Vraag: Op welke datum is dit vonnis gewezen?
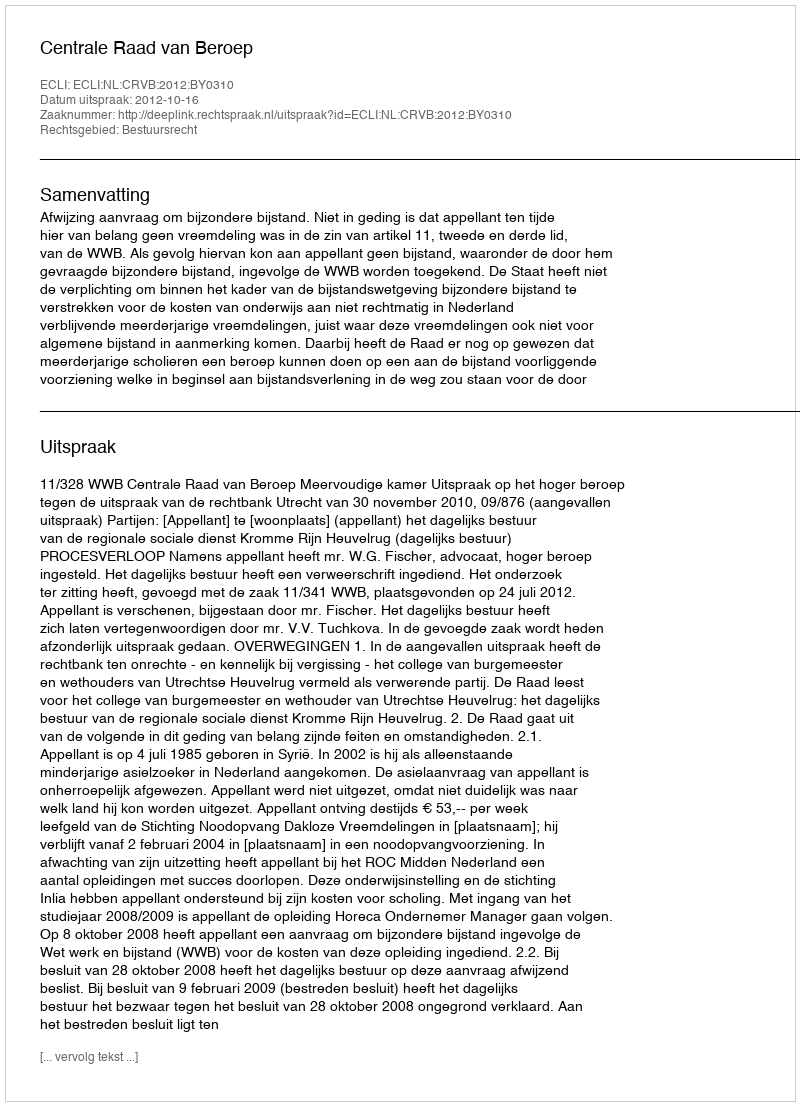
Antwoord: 2012-10-16